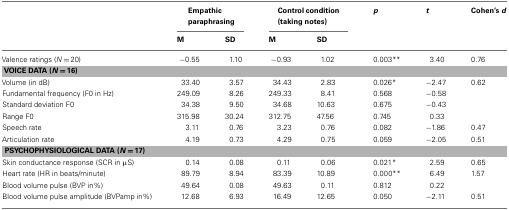
|  | <COLSPAN=2> Empathic paraphrasing | <COLSPAN=2> Control condition (taking notes) | p | t | Cohen’s d |
 |  | M | SD | M | SD |  |  |  |
 | --- | --- | --- | --- | --- | --- | --- | --- |
 | Valence ratings (N = 20) | −0.55 | 1.10 | −0.93 | 1.02 | 0.003** | 3.40 | 0.76 |
 | <COLSPAN=8> VOICE DATA (N = 16) |
 | Volume (in dB) | 33.40 | 3.57 | 34.43 | 2.83 | 0.026* | −2.47 | 0.62 |
 | Fundamental frequency (F0 in Hz) | 249.09 | 8.26 | 249.33 | 8.41 | 0.568 | −0.58 |  |
 | Standard deviation F0 | 34.38 | 9.50 | 34.68 | 10.63 | 0.675 | −0.43 |  |
 | Range F0 | 315.98 | 30.24 | 312.75 | 47.56 | 0.745 | 0.33 |  |
 | Speech rate | 3.11 | 0.76 | 3.23 | 0.76 | 0.082 | −1.86 | 0.47 |
 | Articulation rate | 4.19 | 0.73 | 4.29 | 0.75 | 0.059 | −2.05 | 0.51 |
 | <COLSPAN=8> PSYCHOPHYSIOLOGICAL DATA (N = 17) |
 | Skin conductance response (SCR in μS) | 0.14 | 0.08 | 0.11 | 0.06 | 0.021* | 2.59 | 0.65 |
 | Heart rate (HR in beats/minute) | 89.79 | 8.94 | 83.39 | 10.89 | 0.000** | 6.49 | 1.57 |
 | Blood volume pulse (BVP in%) | 49.64 | 0.08 | 49.63 | 0.11 | 0.812 | 0.22 |  |
 | Blood volume pulse amplitude (BVPamp in%) | 12.68 | 6.93 | 16.49 | 12.65 | 0.050 | −2.11 | 0.51 |